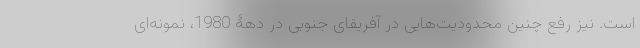
است. نیز رفع چنین محدودیت‌هایی در آفریقای جنوبی در دهۀ 1980، نمونه‌ای